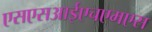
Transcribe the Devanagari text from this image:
एसएसआईएचएमएस